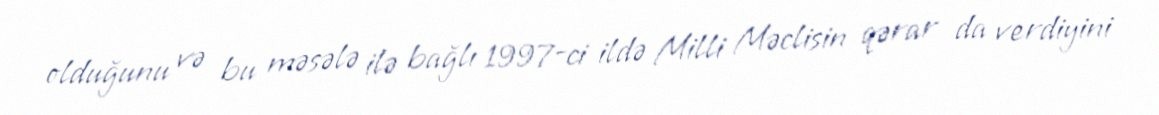
olduğunu və bu məsələ ilə bağlı 1997-ci ildə Milli Məclisin qərar da verdiyini